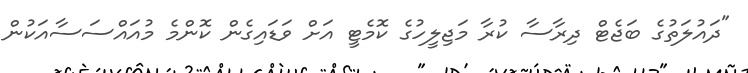
"ދައުލަތުގެ ބަޖެޓް ދިރާސާ ކުރާ މަޖިލީހުގެ ކޮމެޓީ އަށް ވަޑައިގެން ކޮންމެ މުއައްސަސާއަކުން